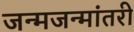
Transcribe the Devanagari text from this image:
जन्मजन्मांतरी